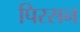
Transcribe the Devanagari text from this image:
पिरसन